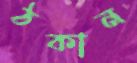
ঠকান